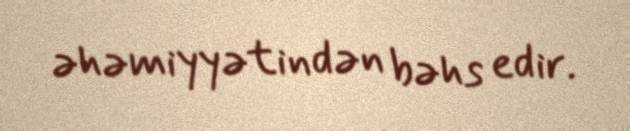
əhəmiyyətindən bəhs edir.